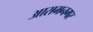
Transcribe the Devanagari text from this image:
आरामनगर